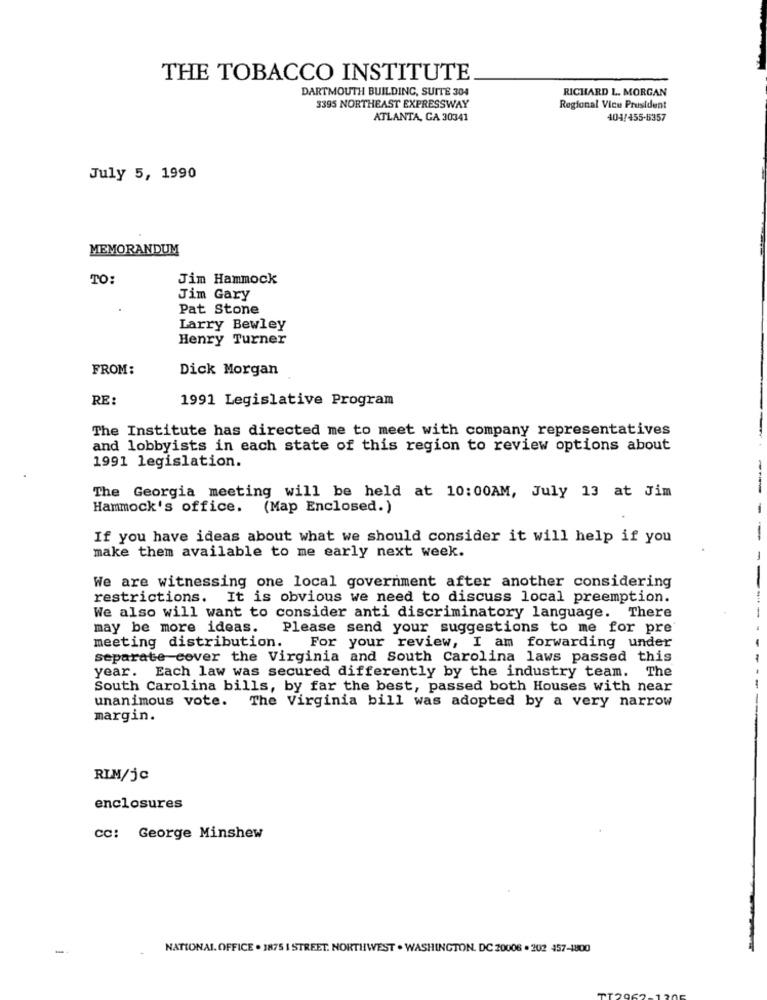
THE TOBACCO INSTITUTE
DARTMOUTH BUILDING, SUITE 304
RICHARD L. MORGAN
3395 NORTHEAST EXPRESSWAY
Regional Vice President
ATLANTA, GA 30341
404/455-5357
July 5, 1990
MEMORANDUM
TO:
Jim Hammock
Jim Gary
Pat Stone
Larry Bewley
Henry Turner
FROM:
Dick Morgan
RE:
1991 Legislative Program
The Institute has directed me to meet with company representatives
and lobbyists in each state of this region to review options about
1991 legislation.
The Georgia meeting will be held at 10:00AM, July 13 at Jim
Hammock's office.
(Map Enclosed.)
-
If you have ideas about what we should consider it will help if you
-
make them available to me early next week.
We are witnessing one local government after another considering
restrictions.
It is obvious we need to discuss local preemption.
We also will want to consider anti discriminatory language. There
may be more ideas.
Please send your suggestions to me for pre
meeting distribution.
For your review, I am forwarding under
separate cover the Virginia and South Carolina laws passed this
year. Each law was secured differently by the industry team. The
South Carolina bills, by far the best, passed both Houses with near
unanimous vote. The Virginia bill was adopted by a very narrow
margin.
RIM/jc
enclosures
cc: George Minshew
-
NATIONAL. OFFICE . 1875 I STREET. NORTHWEST . WASHINGTON, DC 20006 . 202 457-1800